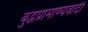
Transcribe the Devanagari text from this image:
बुद्धप्रामाण्यवादी